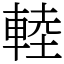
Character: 䡜